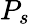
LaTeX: P_{s}